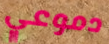
دموعي